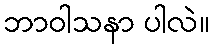
ဘာဝါသနာ ပါလဲ။